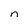
Character: n